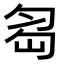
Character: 𠣢